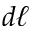
d \ell